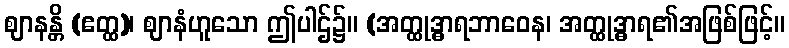
ဈာနန္တိ (ဧတ္ထ)၊ ဈာနံဟူသော ဤပါဌ်၌။ (အတ္ထုဒ္ဓာရဘာဝေန၊ အတ္ထုဒ္ဓာရ၏အဖြစ်ဖြင့်။